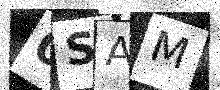
Text: 0SAM